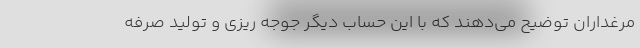
مرغداران توضیح می‌دهند که با این حساب دیگر جوجه ریزی و تولید صرفه